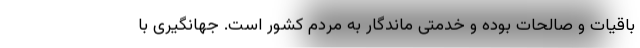
باقیات و صالحات بوده و خدمتی ماندگار به مردم کشور است. جهانگیری با